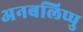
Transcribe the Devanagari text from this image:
अनबलिप्पु